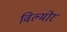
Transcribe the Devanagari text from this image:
विल्मोर